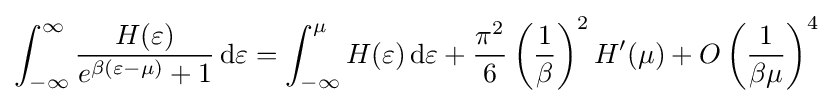
\int _{-\infty }^{\infty }{\frac {H(\varepsilon )}{e^{\beta (\varepsilon -\mu )}+1}}\,\mathrm {d} \varepsilon =\int _{-\infty }^{\mu }H(\varepsilon )\,\mathrm {d} \varepsilon +{\frac {\pi ^{2}}{6}}\left({\frac {1}{\beta }}\right)^{2}H^{\prime }(\mu )+O\left({\frac {1}{\beta \mu }}\right)^{4}